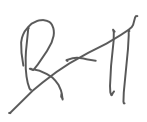
Text: R-11
Cross-out: diagonal
Writing tool: digital_gray